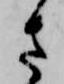
さ